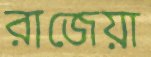
রাজেয়া